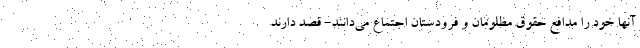
آنها خود را مدافع حقوق مظلومان و فرودستان اجتماع می‌دانند- قصد دارند